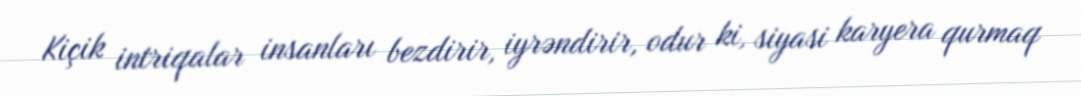
Kiçik intriqalar insanları bezdirir, iyrəndirir, odur ki, siyasi karyera qurmaq